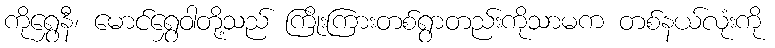
ကိုရွှေနီ၊ မောင်ရွှေဝါတို့သည် ကြိုးကြားတစ်ရွာတည်းကိုသာမက တစ်နယ်လုံးကို